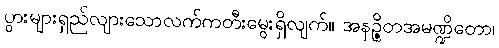
ပွားများရှည်လျားသောလက်ကတီးမွေးရှိလျက်။ အနဉ္ဇိတအမဏ္ဍိတော၊